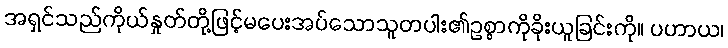
အရှင်သည်ကိုယ်နှုတ်တို့ဖြင့်မပေးအပ်သောသူတပါး၏ဥစ္စာကိုခိုးယူခြင်းကို။ ပဟာယ၊